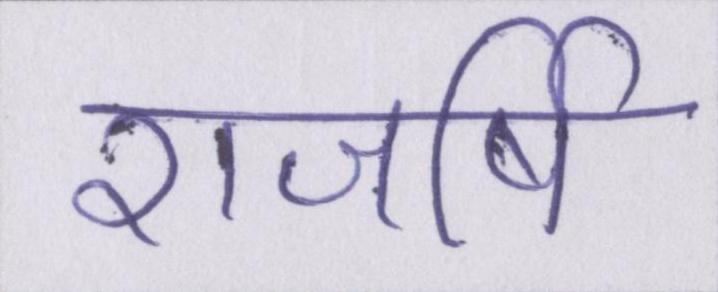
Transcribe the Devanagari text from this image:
राजर्षि